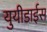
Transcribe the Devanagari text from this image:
युयीडाईस